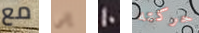
مع إلى 10 حركته